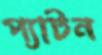
প্যাটন